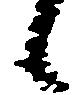
候